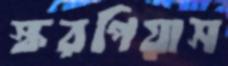
স্করপিয়াস